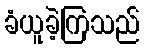
ခံယူခဲ့ကြသည်